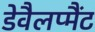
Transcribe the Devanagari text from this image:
डेवैलप्मैंट